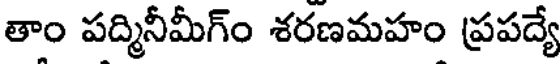
తాం పద్మినీమీగ్ం శరణమహం ప్రపద్యే